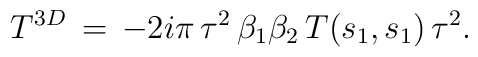
T^{3D}\,=\,-2i\pi\,\tau^2\,\beta_1\beta_2\,T(s_1,s_1)\,\tau^2.